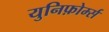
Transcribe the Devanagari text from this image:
युनिफ़ोर्म्स